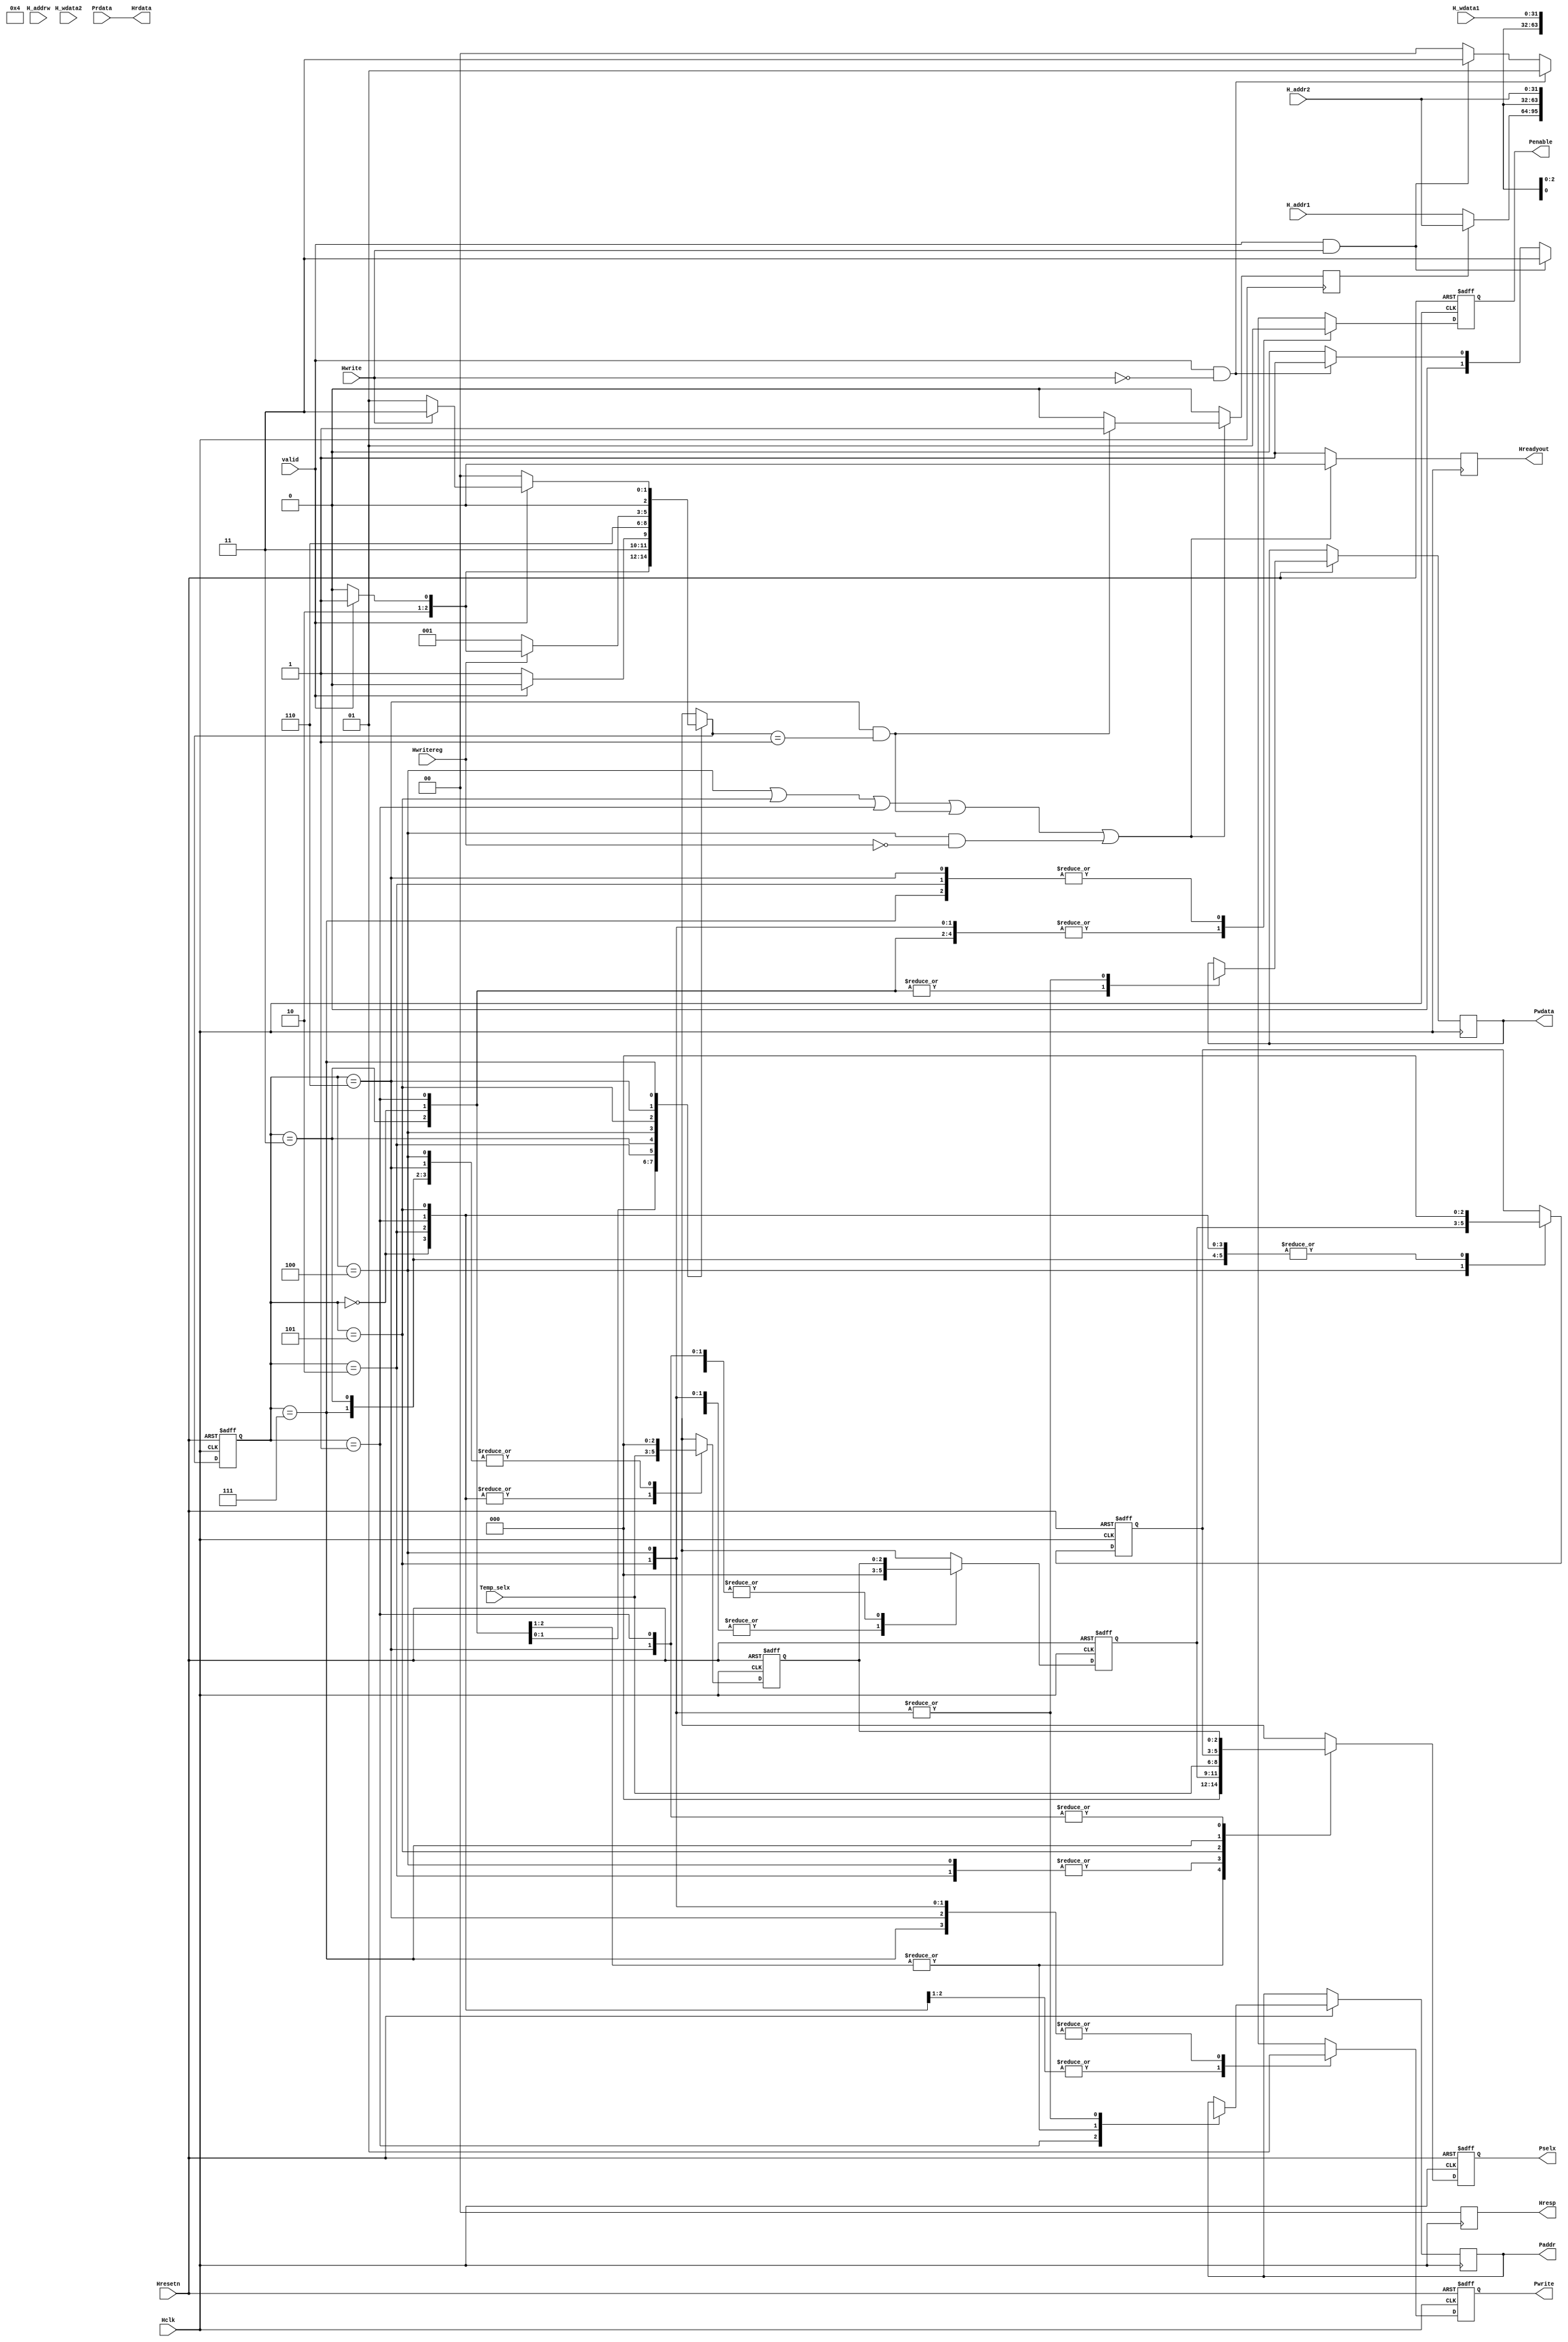
`timescale 1ns / 1ps

module ahb_fsmcontrol(
            input Hclk,
            input Hresetn,
            input Hwrite,
            input Hwritereg,
            input valid,
            input [31:0] H_addr1,
            input [31:0] H_addr2,
            input [31:0] H_addrw,
            input [31:0] H_wdata1,
            input [31:0] H_wdata2,
            input wire [31:0] Prdata,
            input [2:0] Temp_selx,
            output reg [1:0] Hresp,
            output reg Hreadyout,
            output reg Pwrite,
            output reg Penable,
            output reg [2:0] Pselx,
            output reg [31:0] Paddr,
            output reg [31:0] Pwdata,
            output [31:0] Hrdata
            );

    parameter [2:0] ST_IDLE =3'd0,ST_READ=3'd1,ST_RENABLE=3'd2,ST_WWAIT=3'd3,ST_WRITE=3'd4,ST_WRITEP=3'd5,ST_WENABLEP=3'd6,ST_WENABLE=3'd7;
    reg [2:0] state,next_state;
    reg [2:0] Pselx_w,Pselx_we,Pselx_f,Pselx_f1;
    reg b2b;
    
    always@(posedge Hclk,negedge Hresetn)
    if(~Hresetn)
        state<=0;
    else
        state<=next_state;
    
    always@(posedge Hclk)
        Hresp = 2'd0;

    always@(*)
        case(state)
            ST_IDLE: if(valid == 1'b1 && Hwrite == 1'b1)
                        next_state = ST_WWAIT;
                     else if(valid == 1'b1 && Hwrite == 1'b0)
                        next_state = ST_READ;
                     else
                        next_state = ST_IDLE;
                        
            ST_READ: next_state =ST_RENABLE;
            
            ST_RENABLE: if(valid == 1'b1 && Hwrite == 1'b0)
                            next_state = ST_READ;
                        else if(valid == 1'b1 && Hwrite == 1'b1)
                            next_state = ST_WWAIT;
                        else
                            next_state = ST_IDLE;
                            
            ST_WWAIT: next_state = (valid)?ST_WRITEP:ST_WRITE;
            
            ST_WRITE: next_state = (valid)?ST_WENABLEP:ST_WENABLE;
            
            ST_WRITEP: next_state = ST_WENABLEP;
            
            ST_WENABLEP: next_state = (Hwritereg)?((valid)?ST_WRITEP:ST_WRITE):ST_READ;
            
            ST_WENABLE: next_state = (valid)?((Hwrite)?ST_WWAIT:ST_READ):ST_IDLE;
            
        endcase  

    always@(posedge Hclk,negedge Hresetn)
        if(~Hresetn)
            begin
                Pselx<=3'd0;
                Penable<=1'b0;
                Pwrite<=1'bx;
                Pselx_w<=3'd0;
                Pselx_f<=3'd0;
                Pselx_f1<=3'd0;
                
            end
        else
            case(state)
                ST_IDLE:    begin
                                Pselx <= 3'd0;
                                Penable <= 1'b0;
                                Pwrite <= 1'bx;
                                Pselx_w<=Temp_selx;
                                Pselx_f<=3'd0;
                                Pselx_f1<=3'd0;
                                Paddr<=32'dx;
                                Pwdata<=32'dx;
                            //Check for Pwrite
                            end 
                ST_READ:    begin
                                Pwrite <= 1'b0;
                                Pselx<=Pselx_w;
                                Pselx_f <= Pselx_w;
                                if(b2b)
                                    Paddr<=H_addr2;
                                else
                                    Paddr<=H_addr1;
                                Pselx_f1<=3'd0;
                                Pselx_w<=Temp_selx;
                                Penable <= 1'b0;
                                Pwdata<=32'dx;
                               
                            end
                ST_RENABLE: begin
                                Penable <= 1'b1;
                                Pselx<=Pselx_f;
                                Pselx_f<=Pselx_w;
                                Pwrite <= 1'b0;
                                Pselx_w<=Temp_selx;
                                Pselx_f1<=3'd0;
                                //Modification for burst 
                            end
                ST_WWAIT:   begin
                                Penable <= 1'b0;  //Wait State for getting Hwdata
                                Pselx <= 3'd0;
                                Pselx_f<=Pselx_w;
                                Pselx_f1<=3'd0;
                                Pselx_w<=3'd0;
                                Pwrite <= 1'bx;
                                Paddr<=32'dx;
                                Pwdata<=32'dx;
                            end
                ST_WRITE:   begin
                                Pselx <= Pselx_f;
                                Pselx_f1<=Pselx_f;
                                Pselx_f<=3'd0;
                                Pselx_w<=3'd0;
                                Pwrite <= 1'b1;
                                Penable <= 1'b0;
                                Paddr<=H_addr2;
                                Pwdata<=H_wdata1;
                            end
                ST_WRITEP:  begin
                                Pselx <= Temp_selx;
                                Pselx_f1<=3'd0;
                                Pselx_f<=3'd0;
                                Pselx_w<=Temp_selx;
                                Pwrite <= 1'b1;
                                Penable <= 1'b0;
                                Paddr<=H_addr2;
                                Pwdata<=H_wdata1;
                                //Padd pdata and haddr logic for burst
                            end
                ST_WENABLE: begin
                                Penable <= 1'b1;
                                Pselx <= Pselx_f1;
                                Pselx_f<=3'd0;
                                Pselx_f1<=3'd0;
                                Pselx_w<=3'd0;
                                Pwrite <= 1'b1;
                            end
                ST_WENABLEP:begin
                                Penable <= 1'b1;
                                Pselx <= Pselx_w;
                                Pselx_f<=Pselx_w;
                                Pselx_w<=0;
                                Pwrite <= 1'b1;
                                //Pselx paddr pwdata haddr and hwdata logic for burst
                            end
            endcase
        
   always@(posedge Hclk)
        if(state == ST_WRITE | state == ST_WRITEP |state == ST_READ | (state == ST_WENABLEP && next_state == ST_READ) | (state == ST_WRITE && Hwritereg == 1'b0))
            begin//if(state == ST_IDLE | state == ST_RENABLE | state == ST_WENABLE | state == ST_WENABLEP)
            Hreadyout <= 1'b0;
            if(state == ST_WENABLEP && next_state == ST_READ)
                b2b <= 1'b1;
            else
                b2b <= 1'b0;
            end
        else
            {Hreadyout,b2b} <= {1'b1,1'b0};
   
   assign Hrdata = Prdata;
   

    
endmodule